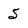
Character: 5